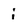
Character: i